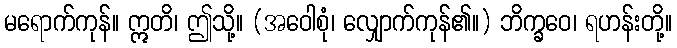
မရောက်ကုန်။ ဣတိ၊ ဤသို့။ (အဝေါစုံ၊ လျှောက်ကုန်၏။) ဘိက္ခဝေ၊ ရဟန်းတို့။